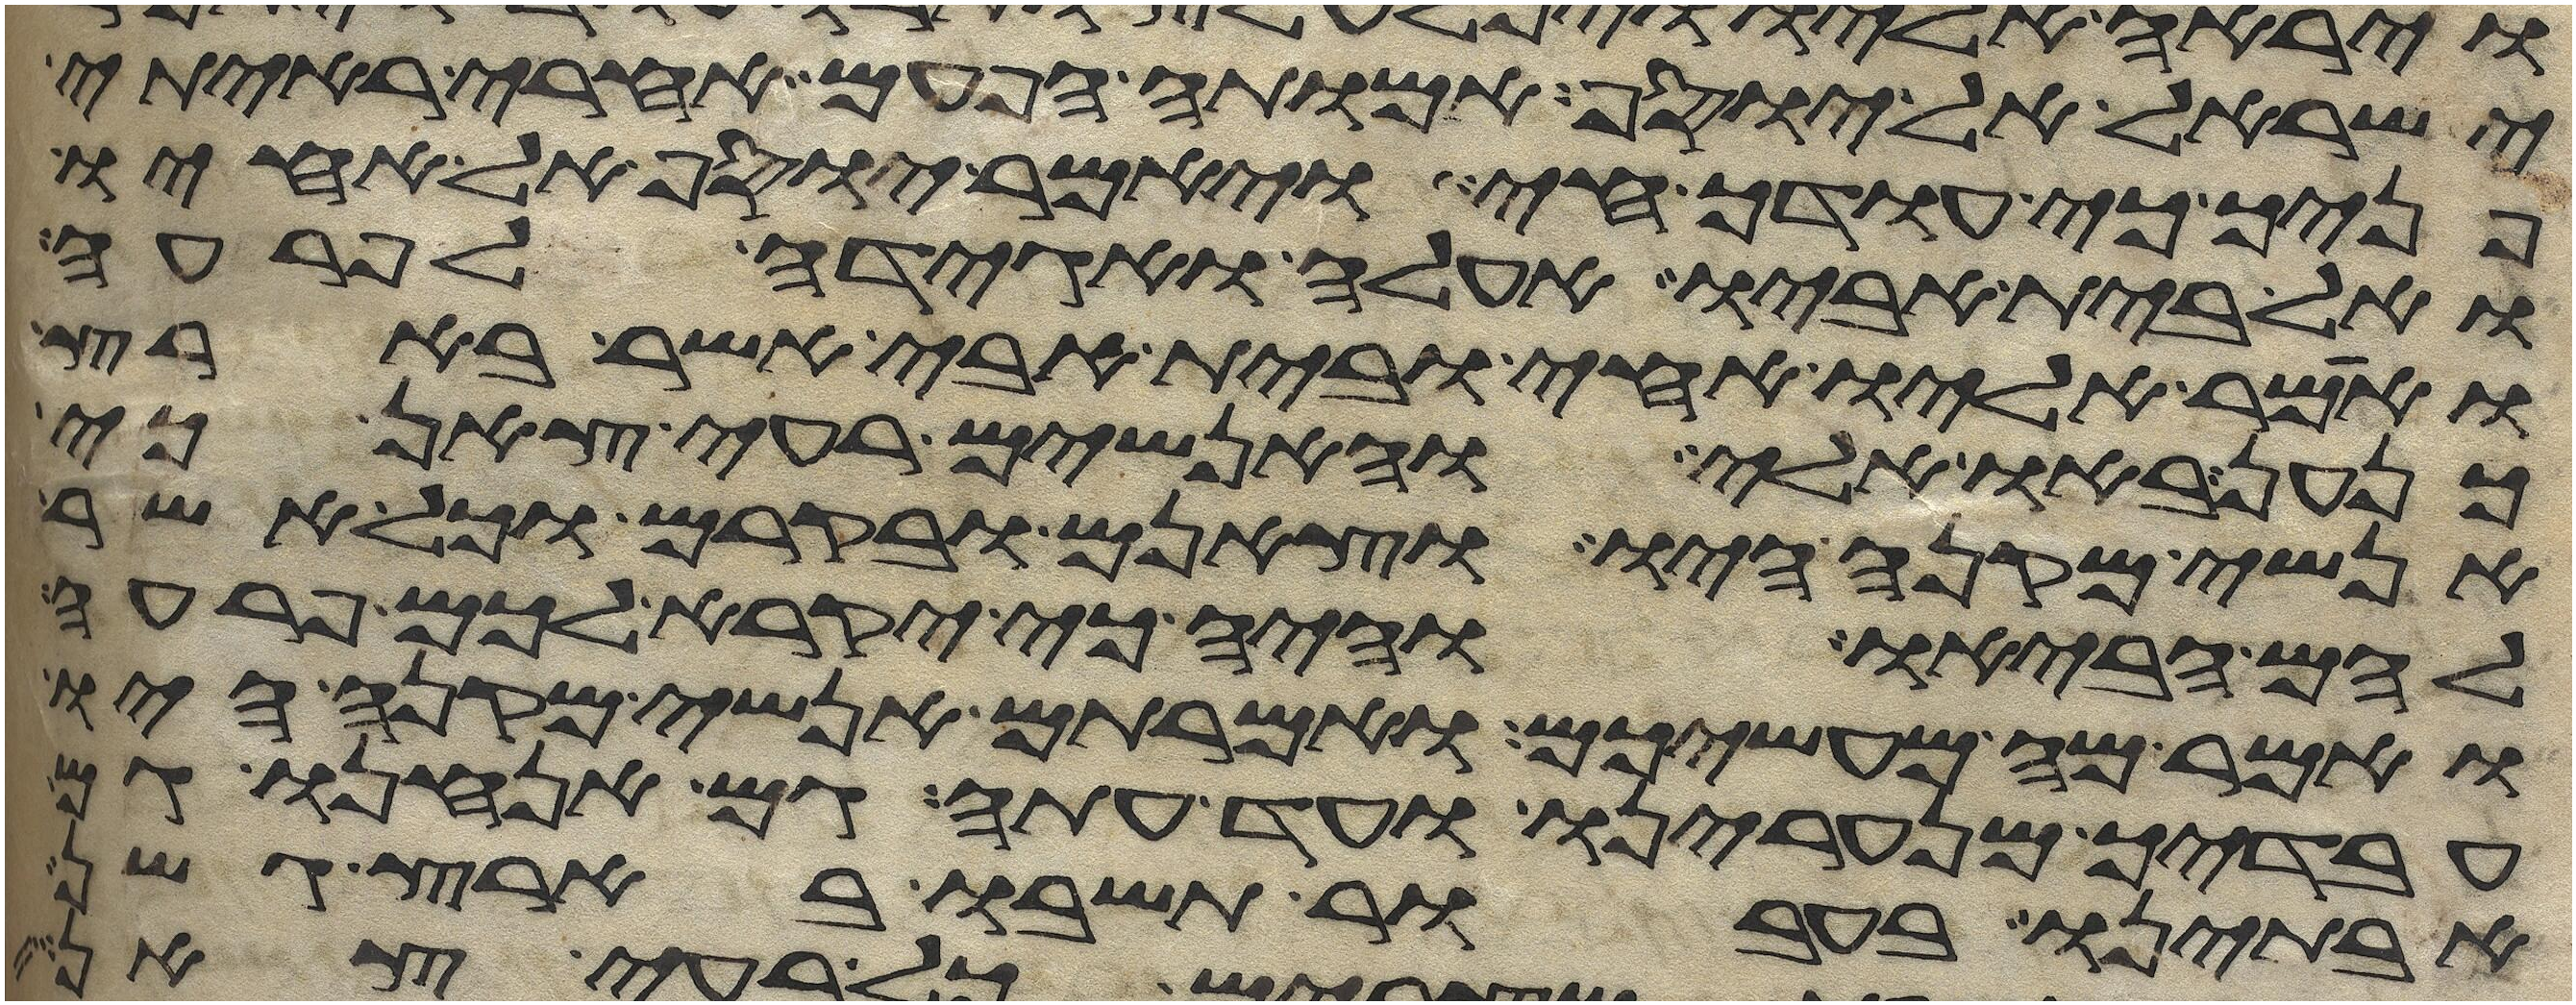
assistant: ישראל אל יוסף אמותה הפעם אחרי ראיתי
פניך כי עודך חי ויאמר יוסף אל אחיו
ואל בית אביו אעלה ואגידה לפרעה
ואמר אליו אחי ובית אבי אשר בארץ
כנען באו אלי והאנשים רעי צאן כי
אנשי מקנה היו וצאנם ובקרם וכל אשר
להם הביאו והיה כי יקרא לכם פרעה
ואמר מה מעשיכם ואמרתם אנשי מקנה היו
עבדיך מנערינו ועד עתה גם אנחנו גם
אבתינו בעבור תשבו בארץ גשן